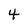
Character: 4